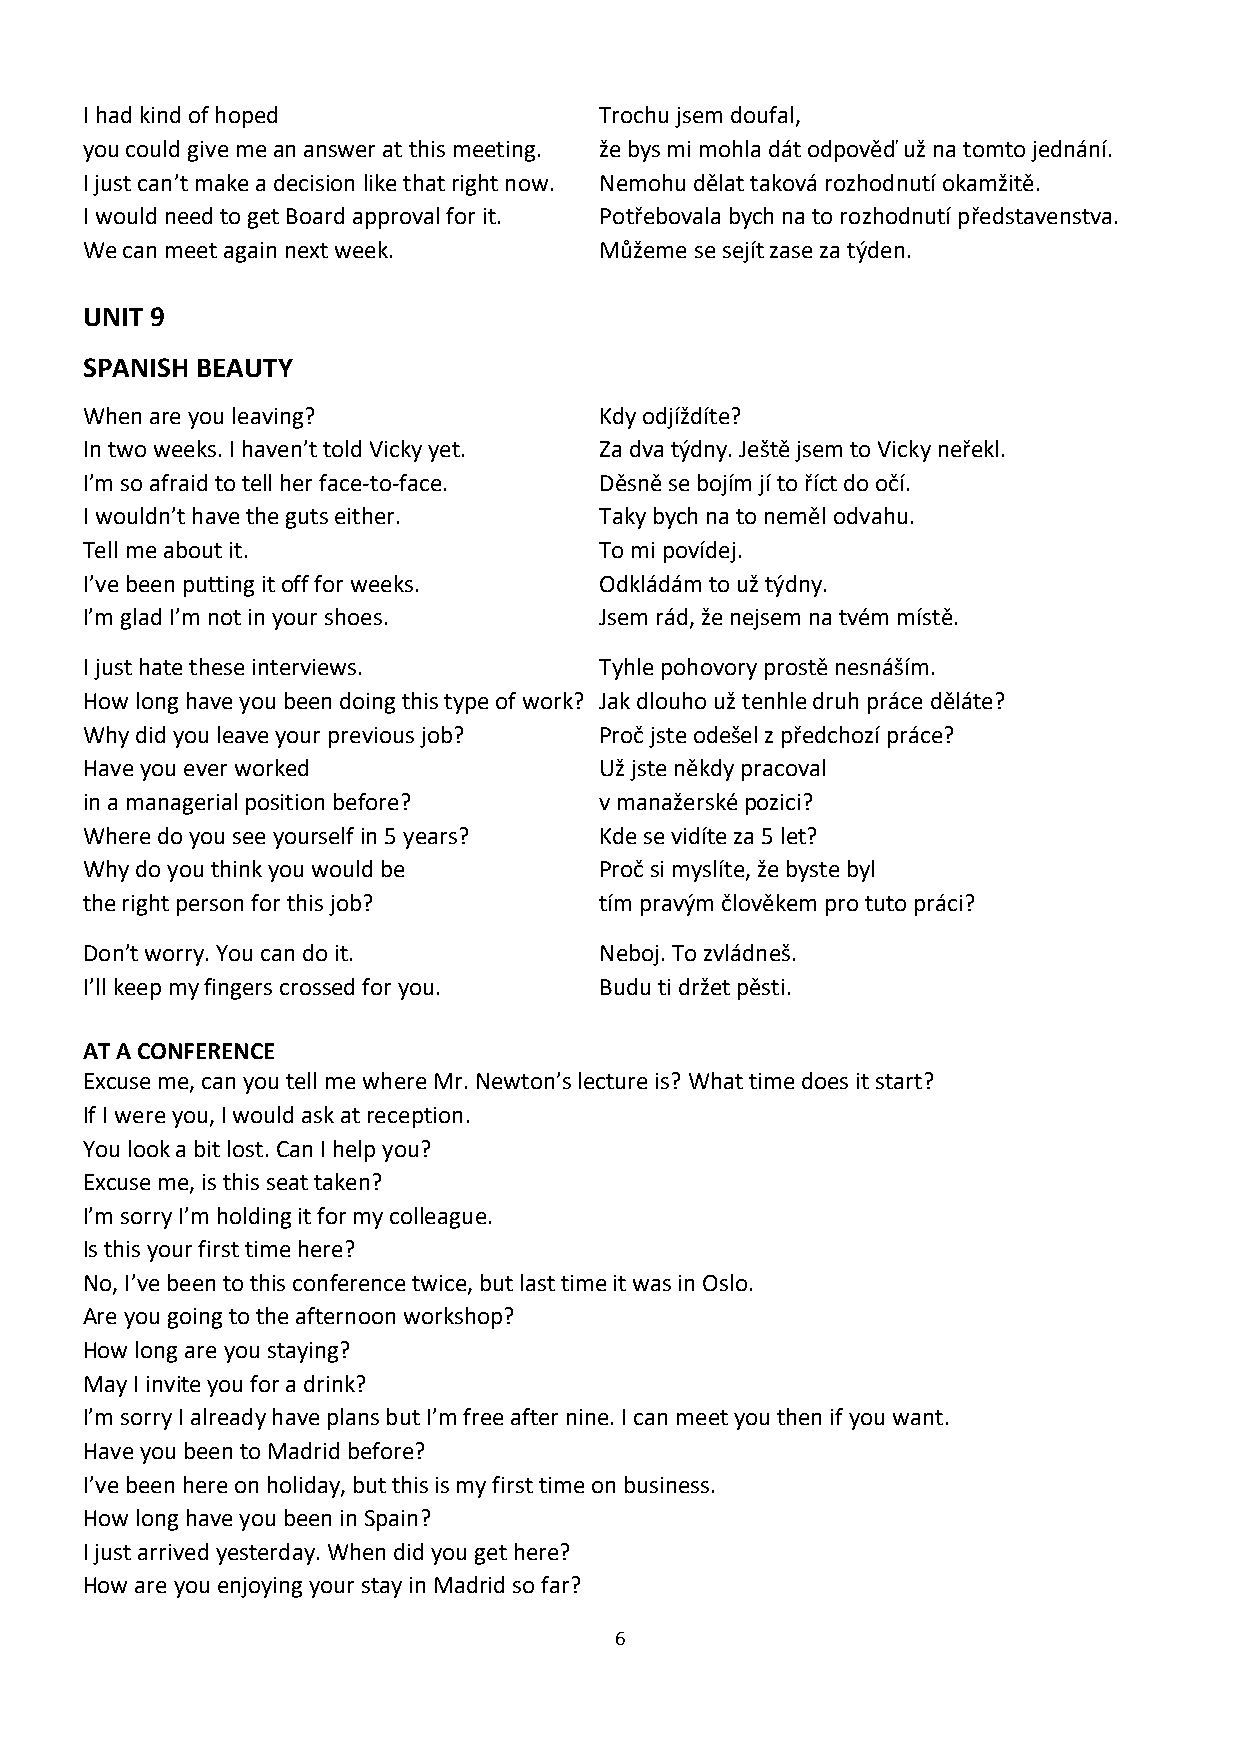
I had kind of hoped                Trochu jsem doufal,
 you could give me an answer at this meeting. že bys mi mohla dát odpověď už na tomto jednání.
 I just can’t make a decision like that right now. Nemohu dělat taková rozhodnutí okamžitě.
 I would need to get Board approval for it. Potřebovala bych na to rozhodnutí představenstva.
 We can meet again next week.       Můžeme se sejít zase za týden.
 UNIT 9
 SPANISH BEAUTY
 When are you leaving?              Kdy odjíždíte?
 In two weeks. I haven’t told Vicky yet. Za dva týdny. Ještě jsem to Vicky neřekl.
 I’m so afraid to tell her face-to-face. Děsně se bojím jí to říct do očí.
 I wouldn’t have the guts either.   Taky bych na to neměl odvahu.
 Tell me about it.                  To mi povídej.
 I’ve been putting it off for weeks. Odkládám to už týdny.
 I’m glad I’m not in your shoes.    Jsem rád, že nejsem na tvém místě.
 I just hate these interviews.      Tyhle pohovory prostě nesnáším.
 How long have you been doing this type of work? Jak dlouho už tenhle druh práce děláte?
 Why did you leave your previous job? Proč jste odešel z předchozí práce?
 Have you ever worked               Už jste někdy pracoval
 in a managerial position before?   v manažerské pozici?
 Where do you see yourself in 5 years? Kde se vidíte za 5 let?
 Why do you think you would be      Proč si myslíte, že byste byl
 the right person for this job?     tím pravým člověkem pro tuto práci?
 Don’t worry. You can do it.        Neboj. To zvládneš.
 I’ll keep my fingers crossed for you. Budu ti držet pěsti.
 AT A CONFERENCE
 Excuse me, can you tell me where Mr. Newton’s lecture is? What time does it start?
 If I were you, I would ask at reception.
 You look a bit lost. Can I help you?
 Excuse me, is this seat taken?
 I’m sorry I’m holding it for my colleague.
 Is this your first time here?
 No, I’ve been to this conference twice, but last time it was in Oslo.
 Are you going to the afternoon workshop?
 How long are you staying?
 May I invite you for a drink?
 I’m sorry I already have plans but I’m free after nine. I can meet you then if you want.
 Have you been to Madrid before?
 I’ve been here on holiday, but this is my first time on business.
 How long have you been in Spain?
 I just arrived yesterday. When did you get here?
 How are you enjoying your stay in Madrid so far?
 6